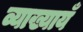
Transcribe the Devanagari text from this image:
व्याख्यायँ